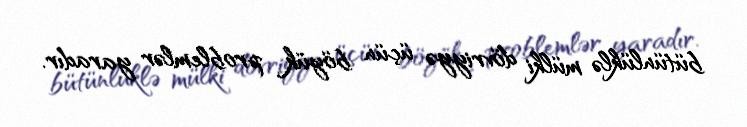
bütünlüklə mülki dövriyyə üçün böyük problemlər yaradır.